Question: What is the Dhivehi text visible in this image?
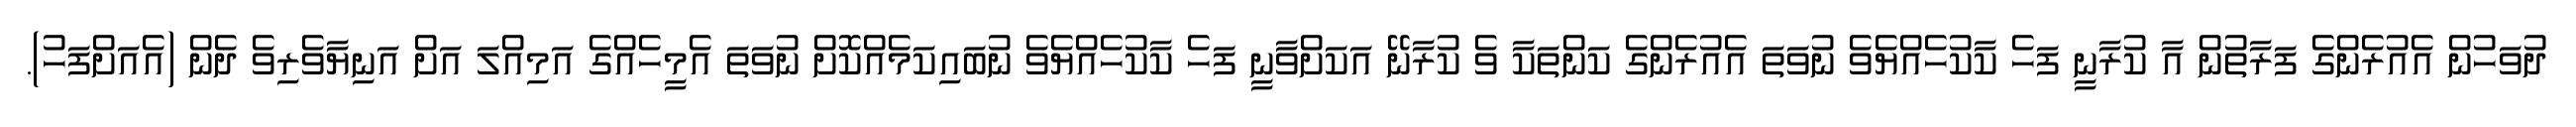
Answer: ދުވަހުން އެއުރެންގެ ފަރާތުން އާ ކުރާނީ ފަހެ ކާކުހެއްޔެވެ ނުވަތަ އެއުރެންގެ ކަންތަކާ ވެ ކުރާނޭ އަކަށްވާނީ ފަހެ ކާކުހެއްޔެވެ ނުބައިކަމެއްކޮށް ނުވަތަ އެމީހެއްގެ އަމިއްލަ އަށް އަނިޔާވެރިވެ ދެން (އެއަށްފަހު).